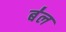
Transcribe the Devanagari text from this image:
ब॑ल